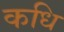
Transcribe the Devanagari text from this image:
कधि